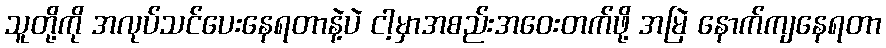
သူတို့ကို အလုပ်သင်ပေးနေရတာနဲ့ပဲ ငါ့မှာအစည်းအဝေးတက်ဖို့ အမြဲ နောက်ကျနေရတာ